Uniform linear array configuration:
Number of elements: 12
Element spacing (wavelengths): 0.5
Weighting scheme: blackman
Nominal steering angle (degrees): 45
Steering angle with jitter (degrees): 43.628
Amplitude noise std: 0.05
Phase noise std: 0.05

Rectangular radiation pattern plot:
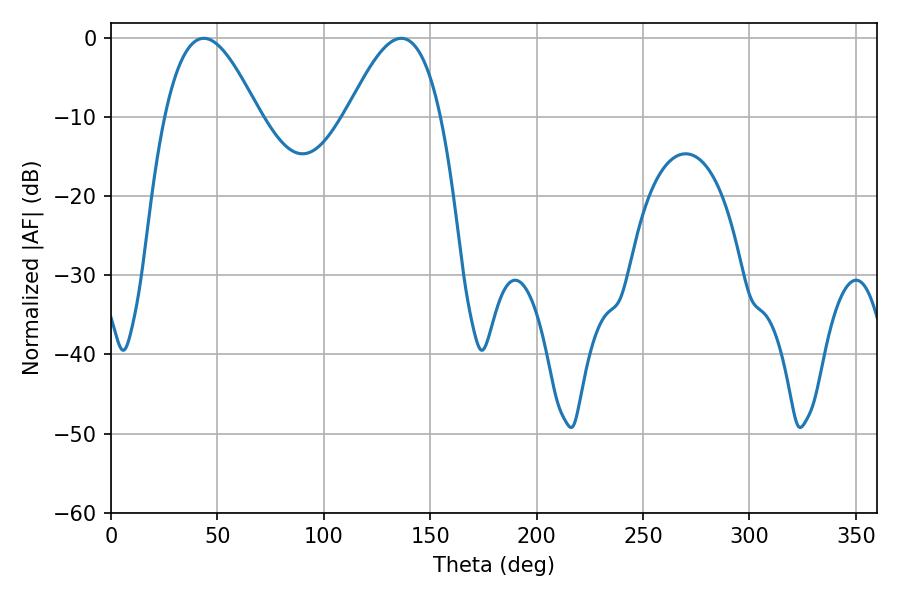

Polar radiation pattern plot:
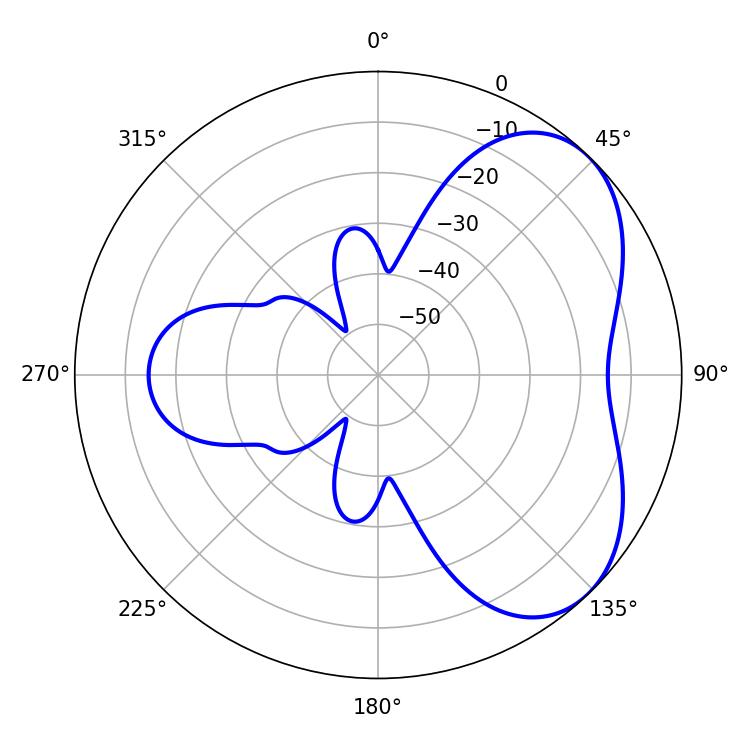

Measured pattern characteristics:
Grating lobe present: FALSE
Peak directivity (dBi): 4.891
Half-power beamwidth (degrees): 23.76
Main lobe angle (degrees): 43.56